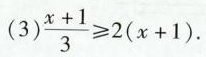
(3)$$\frac{x+1}{3}\geq 2(x+1)$$.